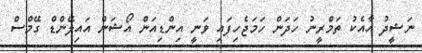
ނަޝީދު އާއެކު ތަމްރީނު ހަދަން ހަމަޖެހިފައި ވަނީ އިންޑިއަން އޯޝަން އައިލޭންޑް ގޭމްސް